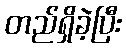
တည်ရှိခဲ့ပြီး